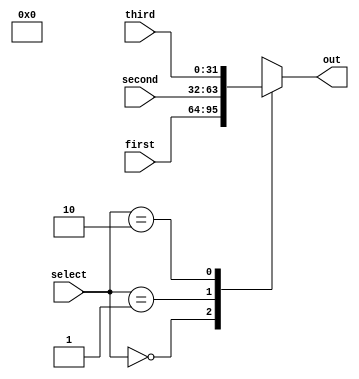
`default_nettype none
`timescale 1ns/1ns

module mux3 (
    input wire [31:0] first, second, third,
    input wire [1:0] select,
    output reg [31:0] out
    );

    always @(*) begin
        case (select)
            2'b00: out = first;
            2'b01: out = second;
            2'b10: out = third;
            default: out = 1'bx;
        endcase
    end
    
    // `ifdef FORMAL
    //     initial assume(reset);
    //     // initial assume(reg_file[0] == 32'b0);
    //     always @(posedge clk) begin
    //         cover (reg_file[0] != 0);
    //     end
    // `endif

    // `ifdef COCOTB_SIM
    // initial begin
    // $dumpfile ("data_memory.vcd");
    // $dumpvars (0, data_memory);
    // #1;
    // end
    // `endif
endmodule